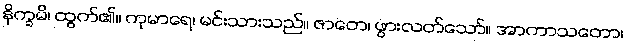
နိက္ခမိ၊ ထွက်၏။ ကုမာရေ၊ မင်းသားသည်။ ဇာတေ၊ ဖွားလတ်သော်။ အာကာသတော၊